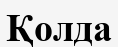
Қолда